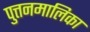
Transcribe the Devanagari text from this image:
पुत्तनमालिका